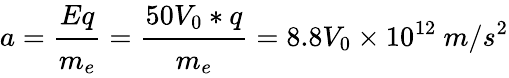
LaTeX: a=\cfrac{Eq}{m_{e}}=\cfrac{50V_{0}*q}{m_{e}}=8.8V_{0}\times 10^{12}~m/s^{2}